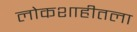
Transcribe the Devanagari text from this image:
लोकशाहीतला